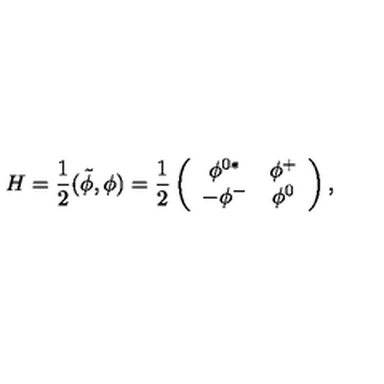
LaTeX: H = \frac { 1 } { 2 } ( \tilde { \phi } , \phi ) = \frac { 1 } { 2 } \left( \begin{array} { c c } { \phi ^ { 0 * } } & { \phi ^ { + } } \\ { - \phi ^ { - } } & { \phi ^ { 0 } } \\ \end{array} \right) ,